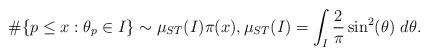
LaTeX: \begin{align*}\#\{p\leq x:\theta_p\in I\}\sim \mu_{ST}(I)\pi(x),\mu_{ST}(I)=\int_{I} \frac{2}{\pi}\sin^2(\theta)~d\theta.\end{align*}